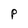
Character: P